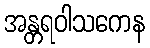
အန္တရဝါသကေန